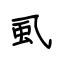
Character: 虱